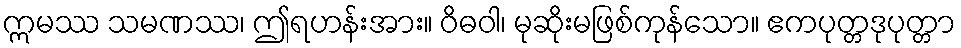
ဣမဿ သမဏဿ၊ ဤရဟန်းအား။ ဝိဓဝါ၊ မုဆိုးမဖြစ်ကုန်သော။ ဧကပုတ္တဒုပုတ္တာ